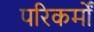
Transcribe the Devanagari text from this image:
परिकर्मों